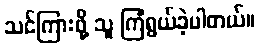
သင်ကြားဖို့ သူ ကြံရွယ်ခဲ့ပါတယ်။